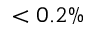
< 0 . 2 \%